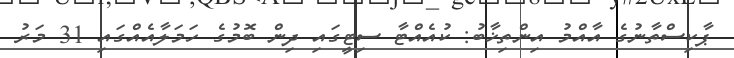
ޕާކިސްތާނުގެ އާއްމު އިންތިޚާބު: ކުއެއްޓާ ސިޓީގައި ދިން ބޮމުގެ ހަމަލާއެއްގައި 31 މަރު